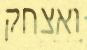
ואצחק